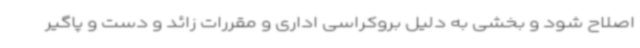
اصلاح شود و بخشی به دلیل بروکراسی اداری و مقررات زائد و دست و پاگیر